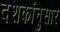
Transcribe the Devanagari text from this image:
दशकांनुसार